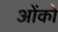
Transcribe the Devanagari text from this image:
ओंको